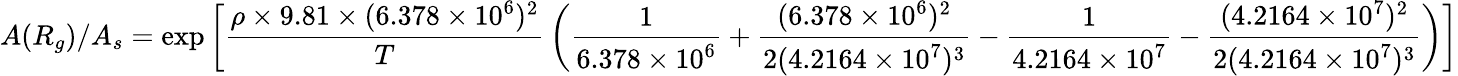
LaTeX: A(R_{g})/A_{s}=\exp\left[{\frac{\rho\times 9.81\times(6.378\times 10^{6})^{2}}{T}}\left({\frac{1}{6.378\times 10^{6}}}+{\frac{(6.378\times 10^{6})^{2}}{2(4.2164\times 10^{7})^{3}}}-{\frac{1}{4.2164\times 10^{7}}}-{\frac{(4.2164\times 10^{7})^{2}}{2(4.2164\times 10^{7})^{3}}}\right)\right]